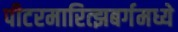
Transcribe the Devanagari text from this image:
पीटरमारित्झबर्गमध्ये